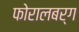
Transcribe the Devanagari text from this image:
फोरालबर्ग